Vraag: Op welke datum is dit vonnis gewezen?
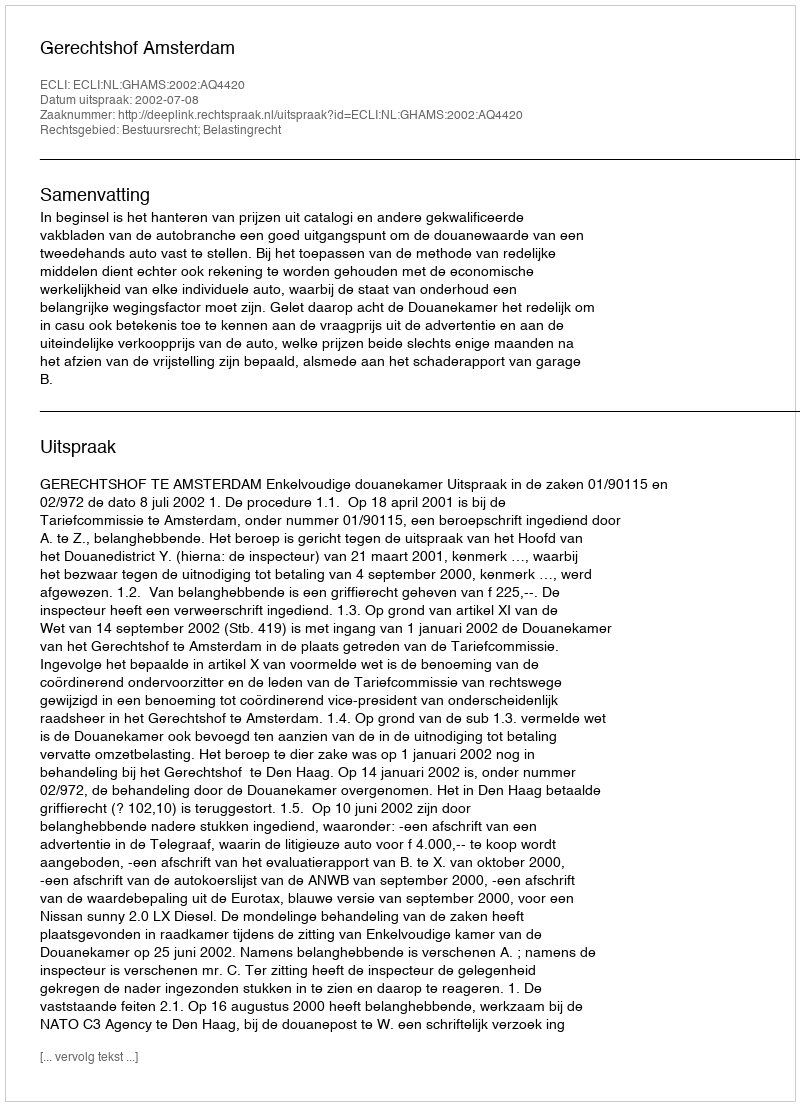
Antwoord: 2002-07-08